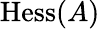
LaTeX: \textrm{Hess}(A)